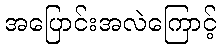
အပြောင်းအလဲကြောင့်